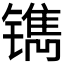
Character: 𰾹